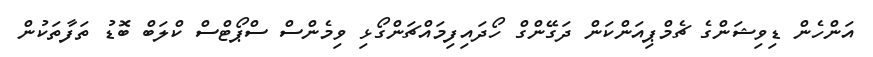
އަންހެން ޑިވިޝަންގެ ޗެމްޕިއަންކަން ދަގޭންގް ހޯދައިފިމައްޗަންގޯޅި ވިމެންސް ސްޕޯޓްސް ކްލަބް ބޮޑު ތަފާތަކުން